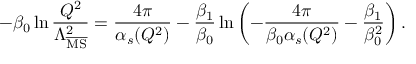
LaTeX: - \beta _ { 0 } \ln \frac { Q ^ { 2 } } { \Lambda _ { \overline { { \mathrm { M S } } } } ^ { 2 } } = \frac { 4 \pi } { \alpha _ { s } ( Q ^ { 2 } ) } - \frac { \beta _ { 1 } } { \beta _ { 0 } } \ln \left( - \frac { 4 \pi } { \beta _ { 0 } \alpha _ { s } ( Q ^ { 2 } ) } - \frac { \beta _ { 1 } } { \beta _ { 0 } ^ { 2 } } \right) .